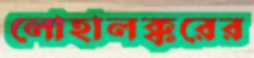
লোহালক্করের